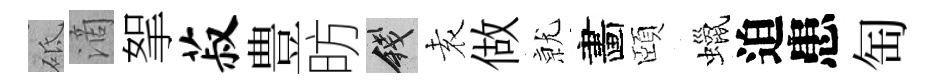
砥滴挐菽豊昉錢𡊮做𭕒畵頤蠟迫患匋